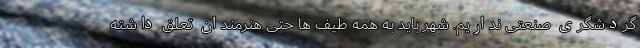
گردشگری صنعتی نداریم. شهر باید به همه طیف ها حتی هنرمندان تعلق داشته